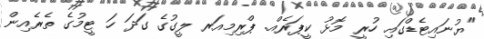
"ޔުނައިޓެޑްގައި ހުރީ މޮޅު ކީޕަރެއް. ޕްރިމިއަރ ލީގުގެ ގަދަ ހަ ޓީމުގެ ތެރެއިން